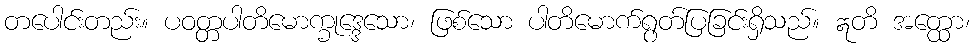
တပေါင်းတည်း။ ပဝတ္တပါတိမောက္ခုဒ္ဒေသော၊ ဖြစ်သော ပါတိမောက်ရွတ်ပြခြင်းရှိသည်။ ဣတိ အတ္ထော၊